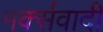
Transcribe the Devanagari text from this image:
मर्क्सवादी